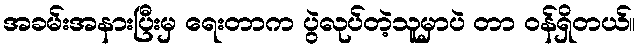
အခမ်းအနားပြီးမှ ရေးတာက ပွဲလုပ်တဲ့သူမှာပဲ တာ ဝန်ရှိတယ်။